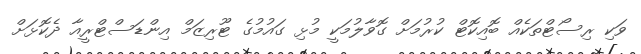
ވަކި ރިސޯޓްތަކެއް ބޮއިކޮޓް ކުރުމަށް ގޮވާލުމަކީ މުޅި ގައުމުގެ ޓޫރިޒަމް އިންޑަސްޓްރީއާ ދެކޮޅަށް